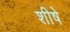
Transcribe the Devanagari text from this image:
शीषे